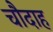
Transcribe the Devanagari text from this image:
चौदाह